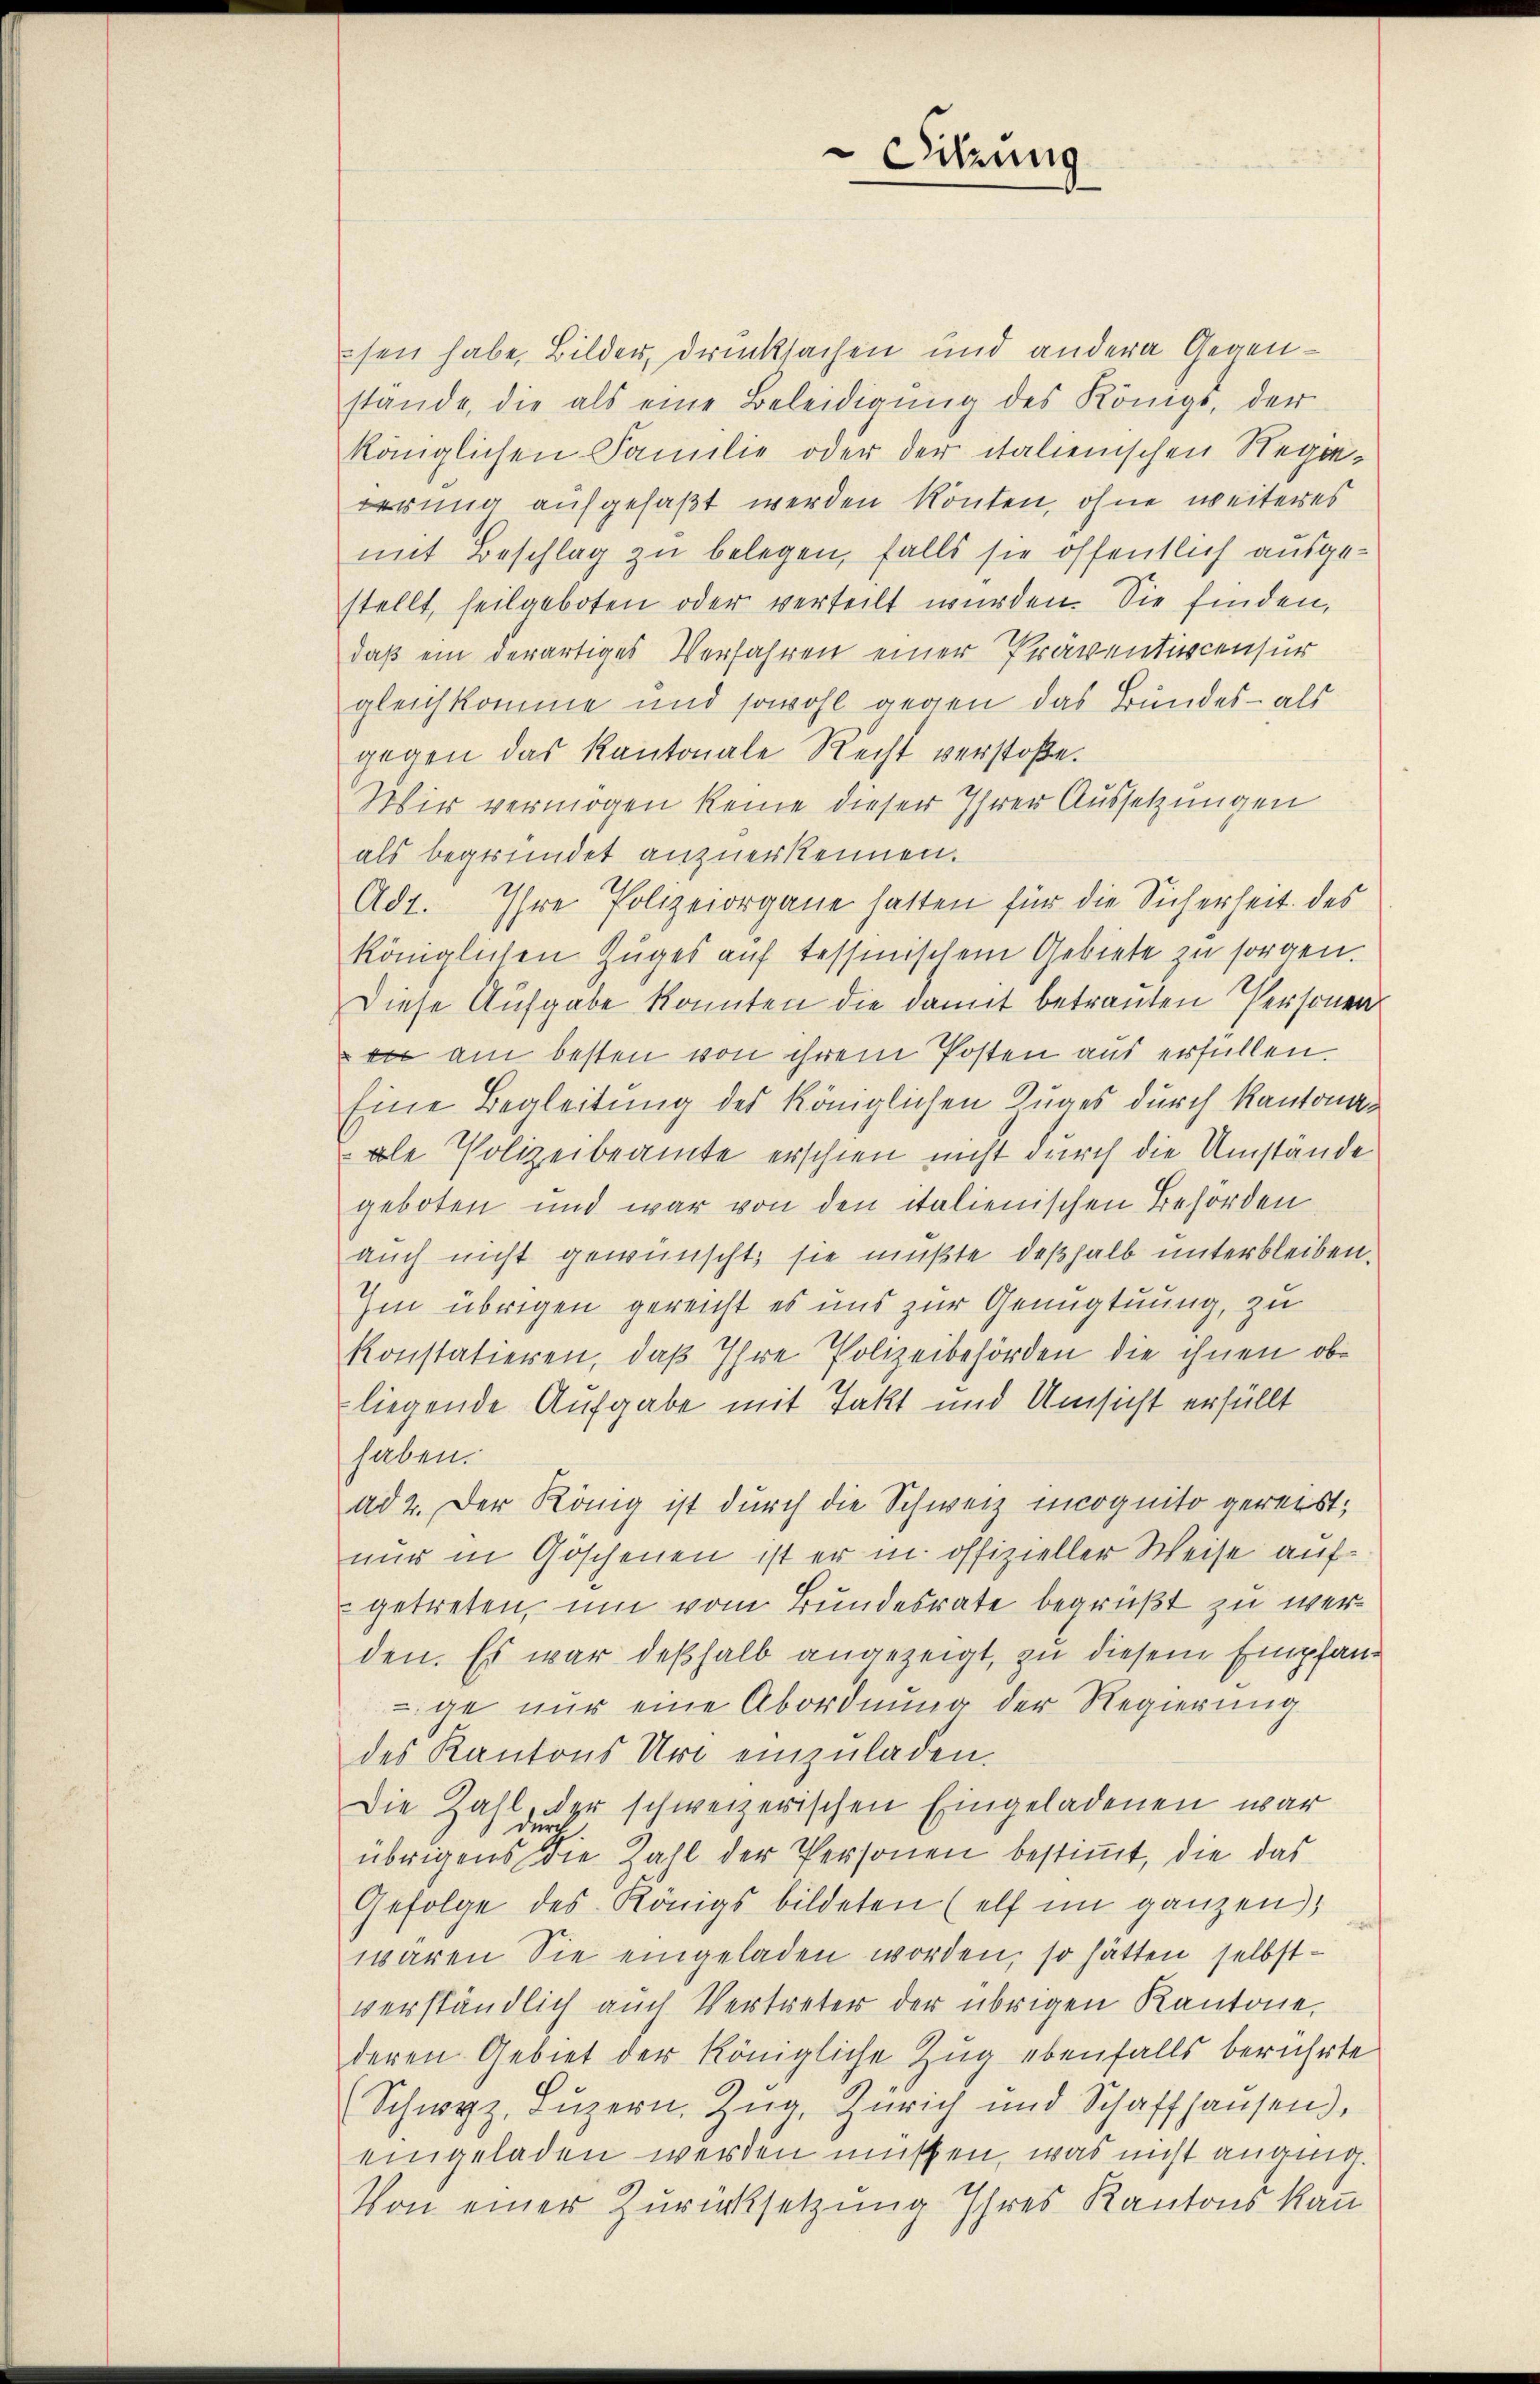
sen habe, Bilder, drucksachen und andere Gegenstande, die als eine Beleidigŭng des Königs, der
königlichen Familie oder der italienischen Regiewerung aufgefaßt werden könten, ohne weiteres
mit Beschlag zu belegen, falls sie öffentlich ausgestellt, heilgeboten oder verteilt wurden. Sie finden,
daß ein derartiges Verfahren einer Präventiecensur
gleichkomme und sowohl gegen das Bundes- als
gegen das Kantonale Recht verstoße.
Wir vermögen keine dieser Ihrer Aussetzungen
als begründet anzuerkennen.
Adt. Ihre Polizeiorgane hatten für die Sicherheit des
königlichen Zuges auf tessinischem Gebiete zu sorgen.
Diese Aufgabe konnten die damit betrauten Personen
 am besten von ihrem Posten aus erfüllen.
Eine Begleitung des königlichen Zuges durch Kantonavole Polizeibeamte erschien nicht durch die Umstände
geboten und war von den italienischen Behörden
auch nicht gewünscht, sie mußte deßhalb unterbleiben.
Im übrigen gereicht es uns zur Genugtuung, zu
konstatieren, daß Ihre Polizeibehörden die ihnen obe
liegende Aufgabe mit Takt und Umsicht erfüllt
haben.
ad 2. Der König ist durch die Schweiz incognito gereist,
nur in Göschenen ist er in offizieller Weise aufgetreten, um vom Bundesrate begrüßt zu werden. Es war deßhalb angezeigt, zu diesem Empfange nur eine Abordnung der Regierung
des Kantons Uri einzuladen.
Die Zahl, der schweizerischen Eingeladenen war
übrigens die Zahl der Personen bestimmt, die das
Gefolge des Königs bildeten (elf im ganzen,
waren Sie eingeladen worden, so hätten selbstverständlich auch Vertreter der übrigen Kantone,
deren Gebiet der königliche Zug ebenfalls berührte
(Schwyz, Luzern, Zug, Zürich und Schaffhausend,
eingeladen werden müssen, was nicht annig.
Von einer Zurücksetzung Ihres Kantons kan

Sitzung